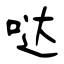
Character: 哒